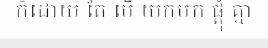
ក៏ដោយ តែ បើ យកមក ផ្តុំ គ្នា